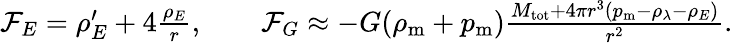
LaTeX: \begin{array}{r}{{\cal F}_{E}=\rho_{E}^{\prime}+4\frac{\rho_{E}}{r},\qquad{\cal F}_{G}\approx-G(\rho_{\mathrm{m}}+p_{\mathrm{m}})\frac{M_{\mathrm{tot}}+4\pi r^{3}(p_{\mathrm{m}}-\rho_{\lambda}-\rho_{E})}{r^{2}}.}\end{array}